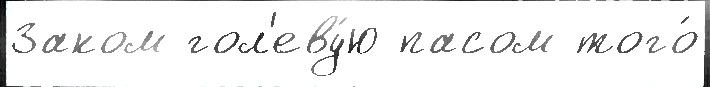
Заком гол'еву́ю пасом того́